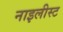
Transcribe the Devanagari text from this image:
नाइलीस्ट